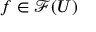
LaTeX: f \in { \mathcal { F } } ( U )